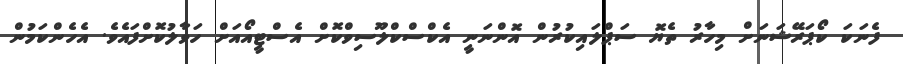
ފެނަކަ ކޯޕަރޭޝަނަށް މިހާރު ތެޔޮ ސަޕްލައިކުރުން އޮންނަނީ އެކްސްކްލޫސިވްކޮށް އެސްޓީއޯއަށް ހަވާލުކޮށްފައެވެ. އެހެންކަމުން